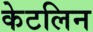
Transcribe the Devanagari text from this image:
केटलिन